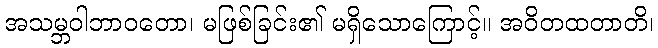
အသမ္ဘဝါဘာဝတော၊ မဖြစ်ခြင်း၏ မရှိသောကြောင့်။ အဝိတထတာတိ၊